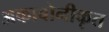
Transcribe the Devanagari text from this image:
अकाबोनीकृत